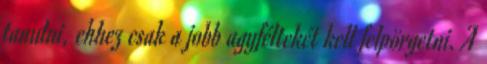
tanulni, ehhez csak a jobb agyféltekét kell felpörgetni. A